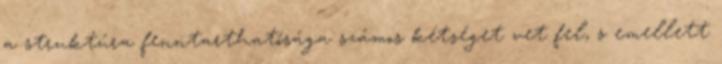
a struktúra fenntarthatósága számos kétséget vet fel, s emellett